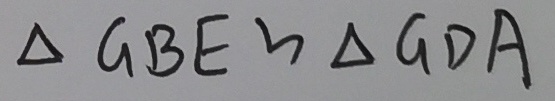
\Delta G B E \sim \Delta G D A